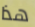
هذا